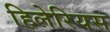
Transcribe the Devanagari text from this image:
हिलेरियस